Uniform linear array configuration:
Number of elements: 24
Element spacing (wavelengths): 1
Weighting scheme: blackman
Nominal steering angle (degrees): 0
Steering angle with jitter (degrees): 0.8839
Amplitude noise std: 0.05
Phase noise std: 0.05

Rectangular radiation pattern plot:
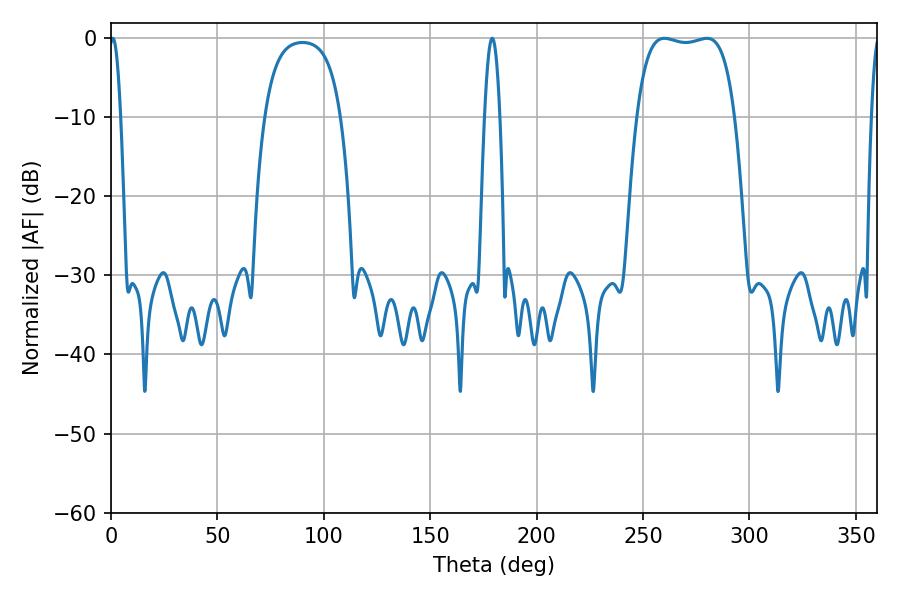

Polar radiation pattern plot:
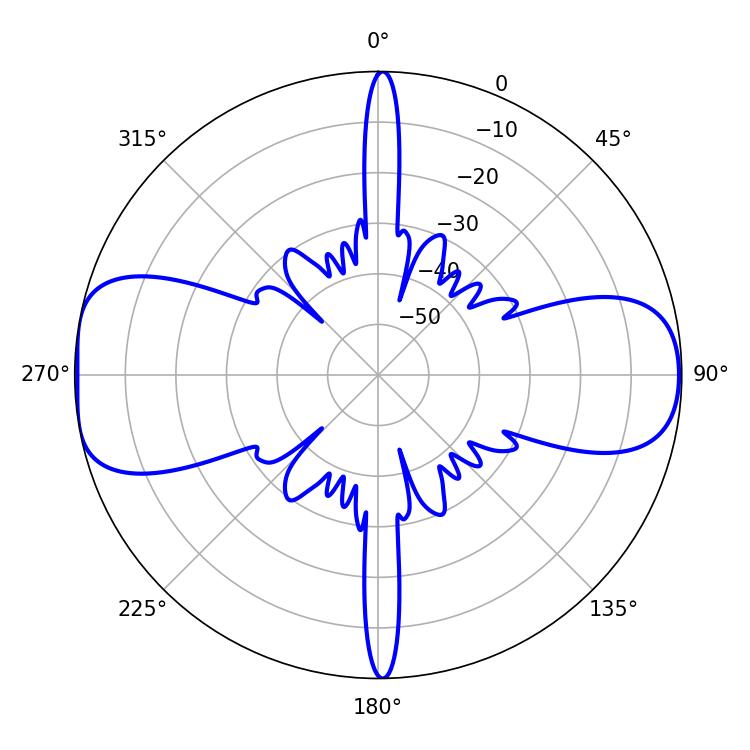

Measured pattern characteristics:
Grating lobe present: TRUE
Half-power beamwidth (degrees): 36.72
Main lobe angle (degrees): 260.1